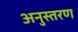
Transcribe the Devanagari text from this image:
अनुस्तरण